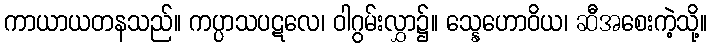
ကာယာယတနသည်။ ကပ္ပာသပဋလေ၊ ဝါဂွမ်းလွှာ၌။ သ္နေဟောဝိယ၊ ဆီအစေးကဲ့သို့။